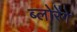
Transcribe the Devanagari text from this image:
ब्लोरेंगे